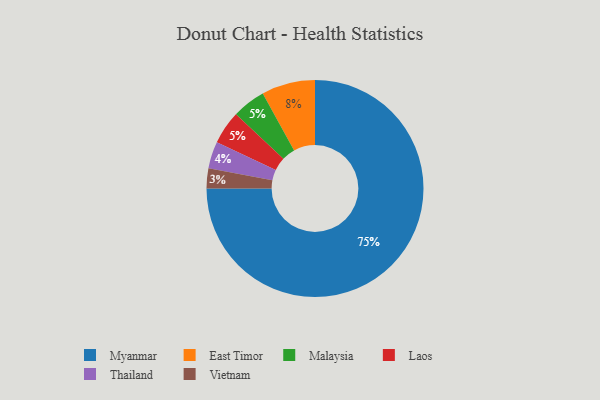
{"axis": {"x": "Category", "y": "Percentage"}, "legend": ["East Timor", "Laos", "Malaysia", "Myanmar", "Thailand", "Vietnam"], "data": [{"x": "Thailand", "y": 4, "type": "Thailand"}, {"x": "Malaysia", "y": 5, "type": "Malaysia"}, {"x": "East Timor", "y": 8, "type": "East Timor"}, {"x": "Vietnam", "y": 3, "type": "Vietnam"}, {"x": "Myanmar", "y": 75, "type": "Myanmar"}, {"x": "Laos", "y": 5, "type": "Laos"}]}